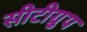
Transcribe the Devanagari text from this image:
सीटीग्रुप